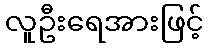
လူဦးရေအားဖြင့်